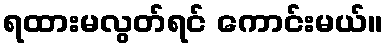
ရထားမလွတ်ရင် ကောင်းမယ်။